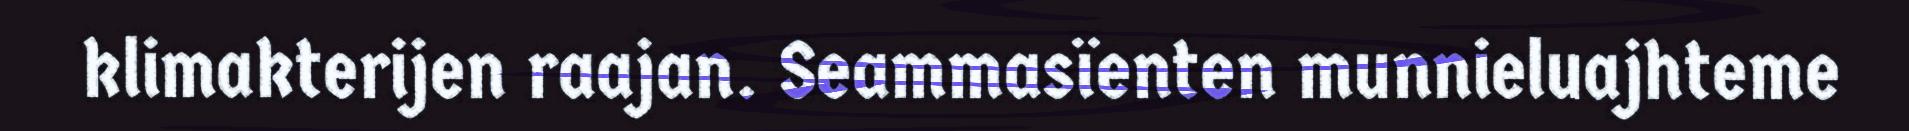
klimakterijen raajan. Seammasïenten munnieluajhteme